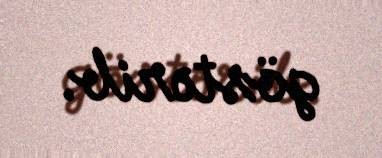
göstərib.